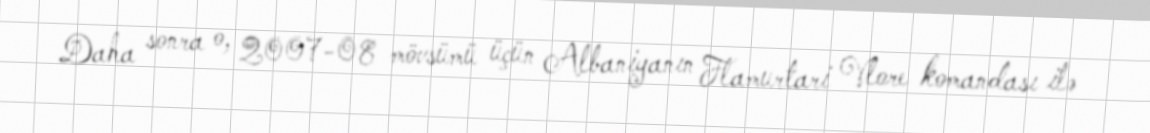
Daha sonra o, 2007-08 mövsümü üçün Albaniyanın Flamurtari Vlore komandası ilə